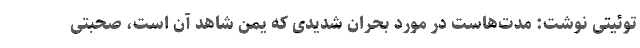
توئیتی نوشت: مدت‌هاست در مورد بحران شدیدی که یمن شاهد آن است، صحبتی